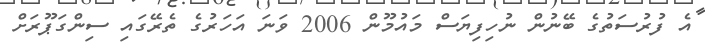
އެ ފުރުސަތުގެ ބޭނުން ނުހިފިޔަސް މައުމޫން 2006 ވަނަ އަހަރުގެ ތެރޭގައި ސިންގަޕޫރަށް